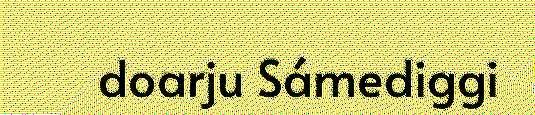
doarju Sámediggi